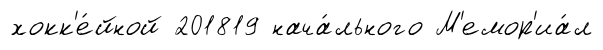
хокк'е́йной 201819 нача́льного М'емор'иа́л